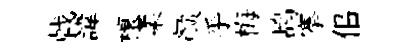
戟諱榱柔颜乎梅鸪搴佀